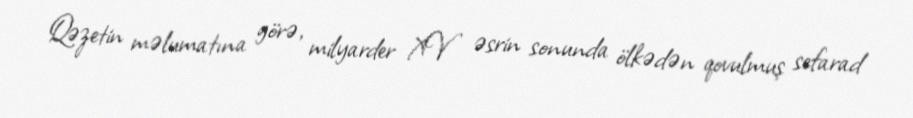
Qəzetin məlumatına görə, milyarder XV əsrin sonunda ölkədən qovulmuş sefarad